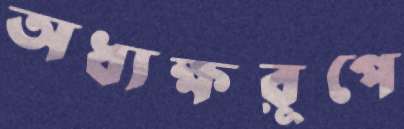
অধ্যক্ষরূপে